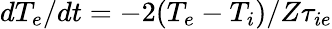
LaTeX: dT_{e}/dt=-2(T_{e}-T_{i})/Z\tau_{ie}